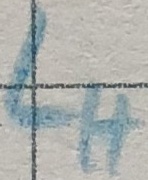
Text: LH